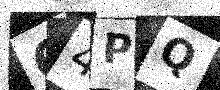
Text: 64PQ